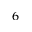
_ 6